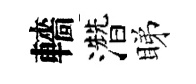
轖濳睇